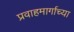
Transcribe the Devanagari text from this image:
प्रवाहमार्गाच्या